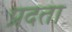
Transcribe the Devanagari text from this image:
प्रदता